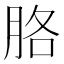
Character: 胳